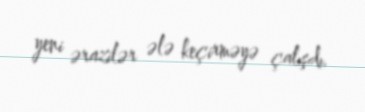
yeni ərazilər ələ keçirməyə çalışdı.